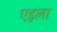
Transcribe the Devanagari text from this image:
एइला